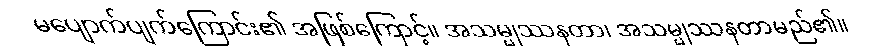
မပျောက်ပျက်ကြောင်း၏ အဖြစ်ကြောင့်။ အသမ္မုဿနတာ၊ အသမ္မုဿနတာမည်၏။